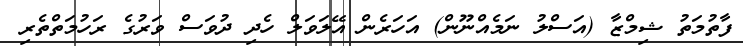
ފާތުމަތު ޝިމްޒާ (އަސްލު ނަމެއްނޫން) އަހަރެން އޭލަވަލް ހެދި ދުވަސް ވަރުގެ ރަހުމަތްތެރި